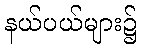
နယ်ပယ်များ၌